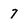
Character: 7